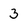
Character: 3